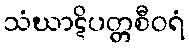
သံဃာဋိပတ္တစီဝရံ